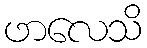
ဖာလေသိ